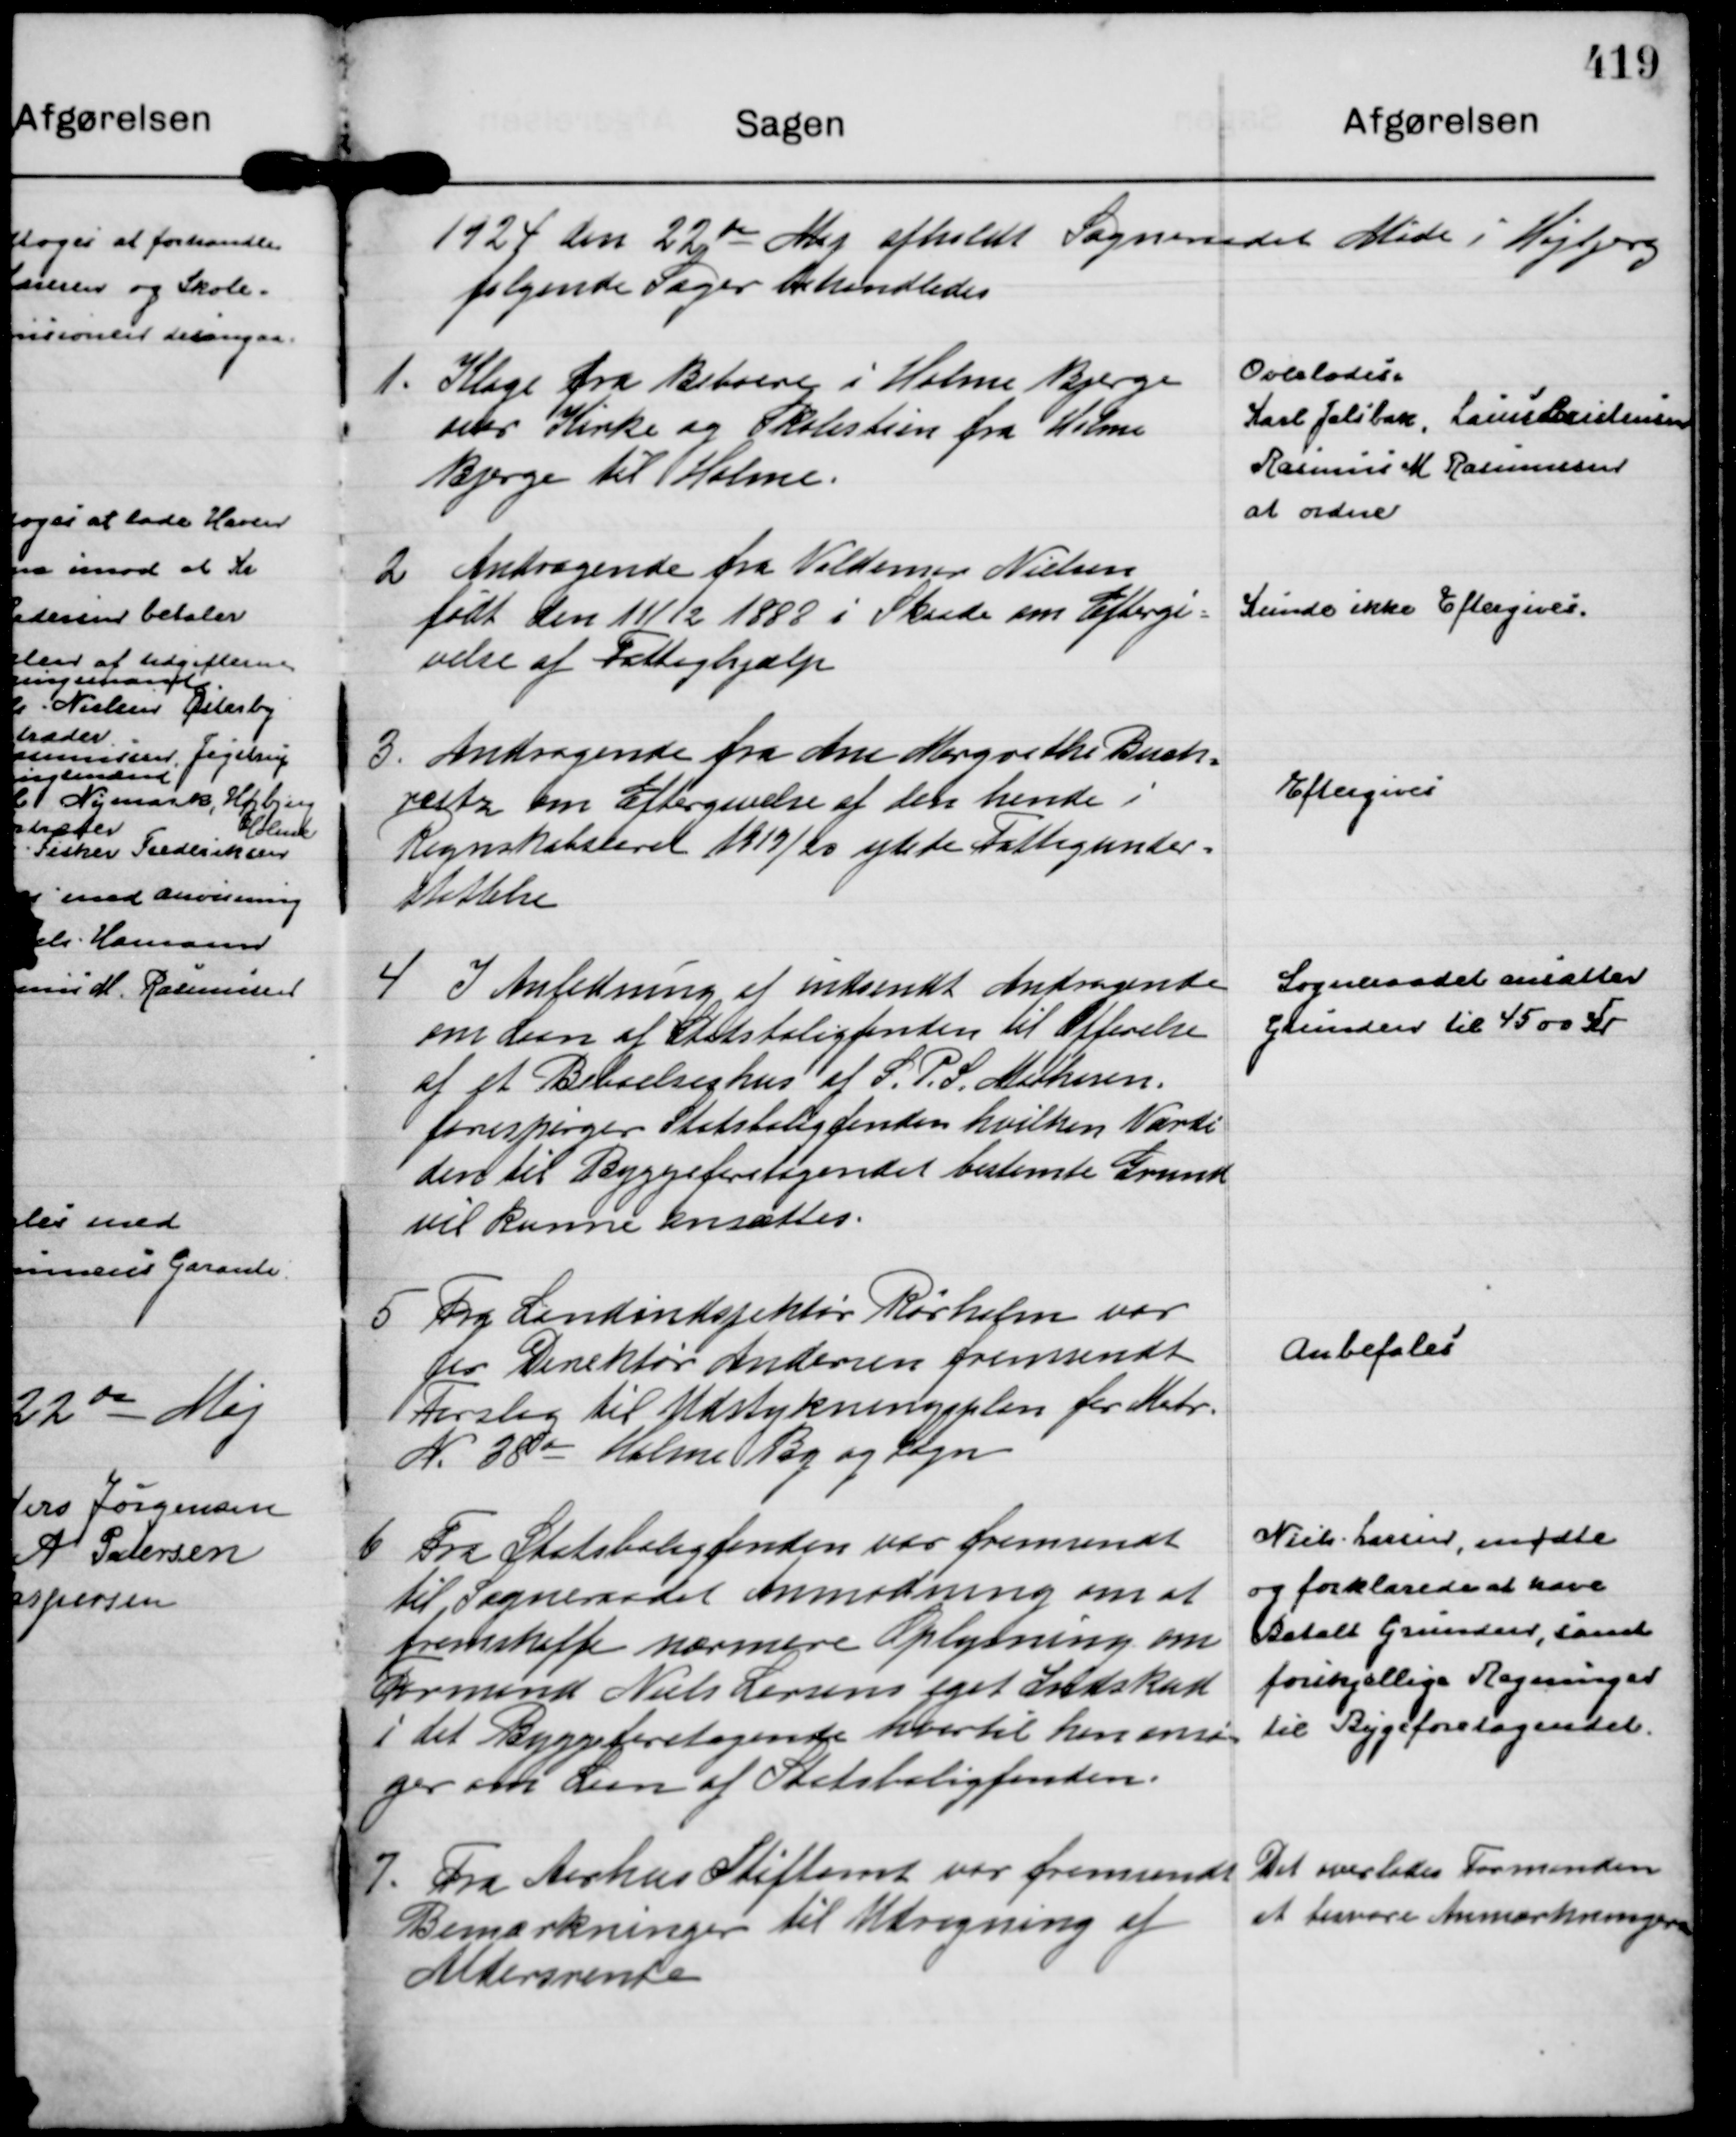
Transskription:
1924 den 22 de Maj afholdt Sogneraadet Møde i Højbjerg
følgende Sager behandledes

1.
Klage fra Beboere i Holme Bjerge
over Kirke og Skolestien fra Holme
Bjerge til Holme.

Overlodes
Karl Jelsbak, Laurs Kristensen
Rasmus M Rasmussen
at ordne

2
Andragende fra Valdemar Nielsen
født den 11/12 1888 i Skaade om Eftergi=
velse af Fattighjælp

Kunde ikke Eftergives.

3.
Andragende fra Ane Margrethe Buch=
reitz om Eftergivelse af den hende i
Regnskabsaaret 1919/20 ydede Fattigunder=
støttelse

Eftergives

4
I Anledning af indsendt Andragende
om den af Statsboligfonden til Opførelse
af et Beboelseshus af S. P. S. Mathisen,
forespørger Statsboligfonden hvilken Værdi
den til Byggeforetagendet bestemte Grund
vil kunne ansættes.

Sogneraadet ansætter
Grunden til 4500 Kr

5
Fra Landindspektør Rørholm var
fra Dinektør Andersen fremsendt
Forslag til Udstykningsplan for Matr.
N. 28 o Holme By og Sogn

Anbefales

6
Fra Statsboligfonden var fremsendt
til Sogneraadet Anmodning om at
fremskaffe nærmere Oplysning om
Formand Niels Larsens eget Indskud
i det Byggeforetagende hvortil han ansø=
ger om Laan af Statsboligfonden.

Niels Larsen, mødte
og forklarede at have
Betalt Grunden, samt
forskellige Regninger
til Byggeforetagendet.

7.
Fra Aarhus Stiftamt var fremsendt
Bemærkninger til Udregning af
Aldersrente

Det overlodes Formanden
at besvare Anmærkningerne